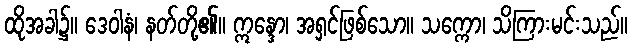
ထိုအခါ၌။ ဒေဝါနံ၊ နတ်တို့၏။ ဣန္ဒော၊ အရှင်ဖြစ်သော။ သက္ကော၊ သိကြားမင်းသည်။